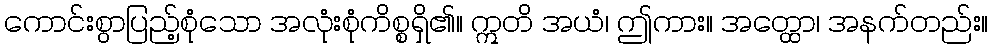
ကောင်းစွာပြည့်စုံသော အလုံးစုံကိစ္စရှိ၏။ ဣတိ အယံ၊ ဤကား။ အတ္ထော၊ အနက်တည်း။